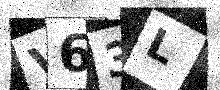
Text: V63L